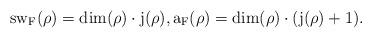
LaTeX: \begin{align*} \rm{sw}_F(\rho)=\rm{dim}(\rho)\cdot j(\rho),a_F(\rho)=\rm{dim}(\rho)\cdot (j(\rho)+1).\end{align*}